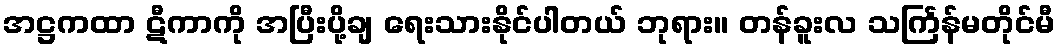
အဋ္ဌကထာ ဋီကာကို အပြီးပို့ချ ရေးသားနိုင်ပါတယ် ဘုရား။ တန်ခူးလ သင်္ကြန်မတိုင်မီ